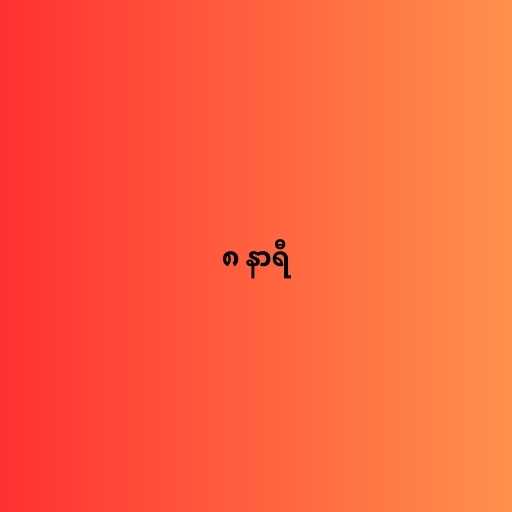
၈ နာရီ